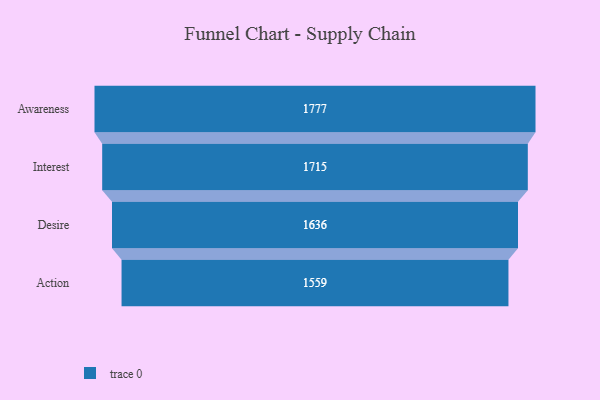
{"axis": {"x": "Stage", "y": "Value"}, "legend": [""], "data": [{"x": "Awareness", "y": 1777.0, "type": ""}, {"x": "Interest", "y": 1715.0, "type": ""}, {"x": "Desire", "y": 1636.0, "type": ""}, {"x": "Action", "y": 1559.0, "type": ""}]}